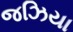
જઝિયા